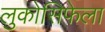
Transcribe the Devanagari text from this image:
लुकोसिफेला